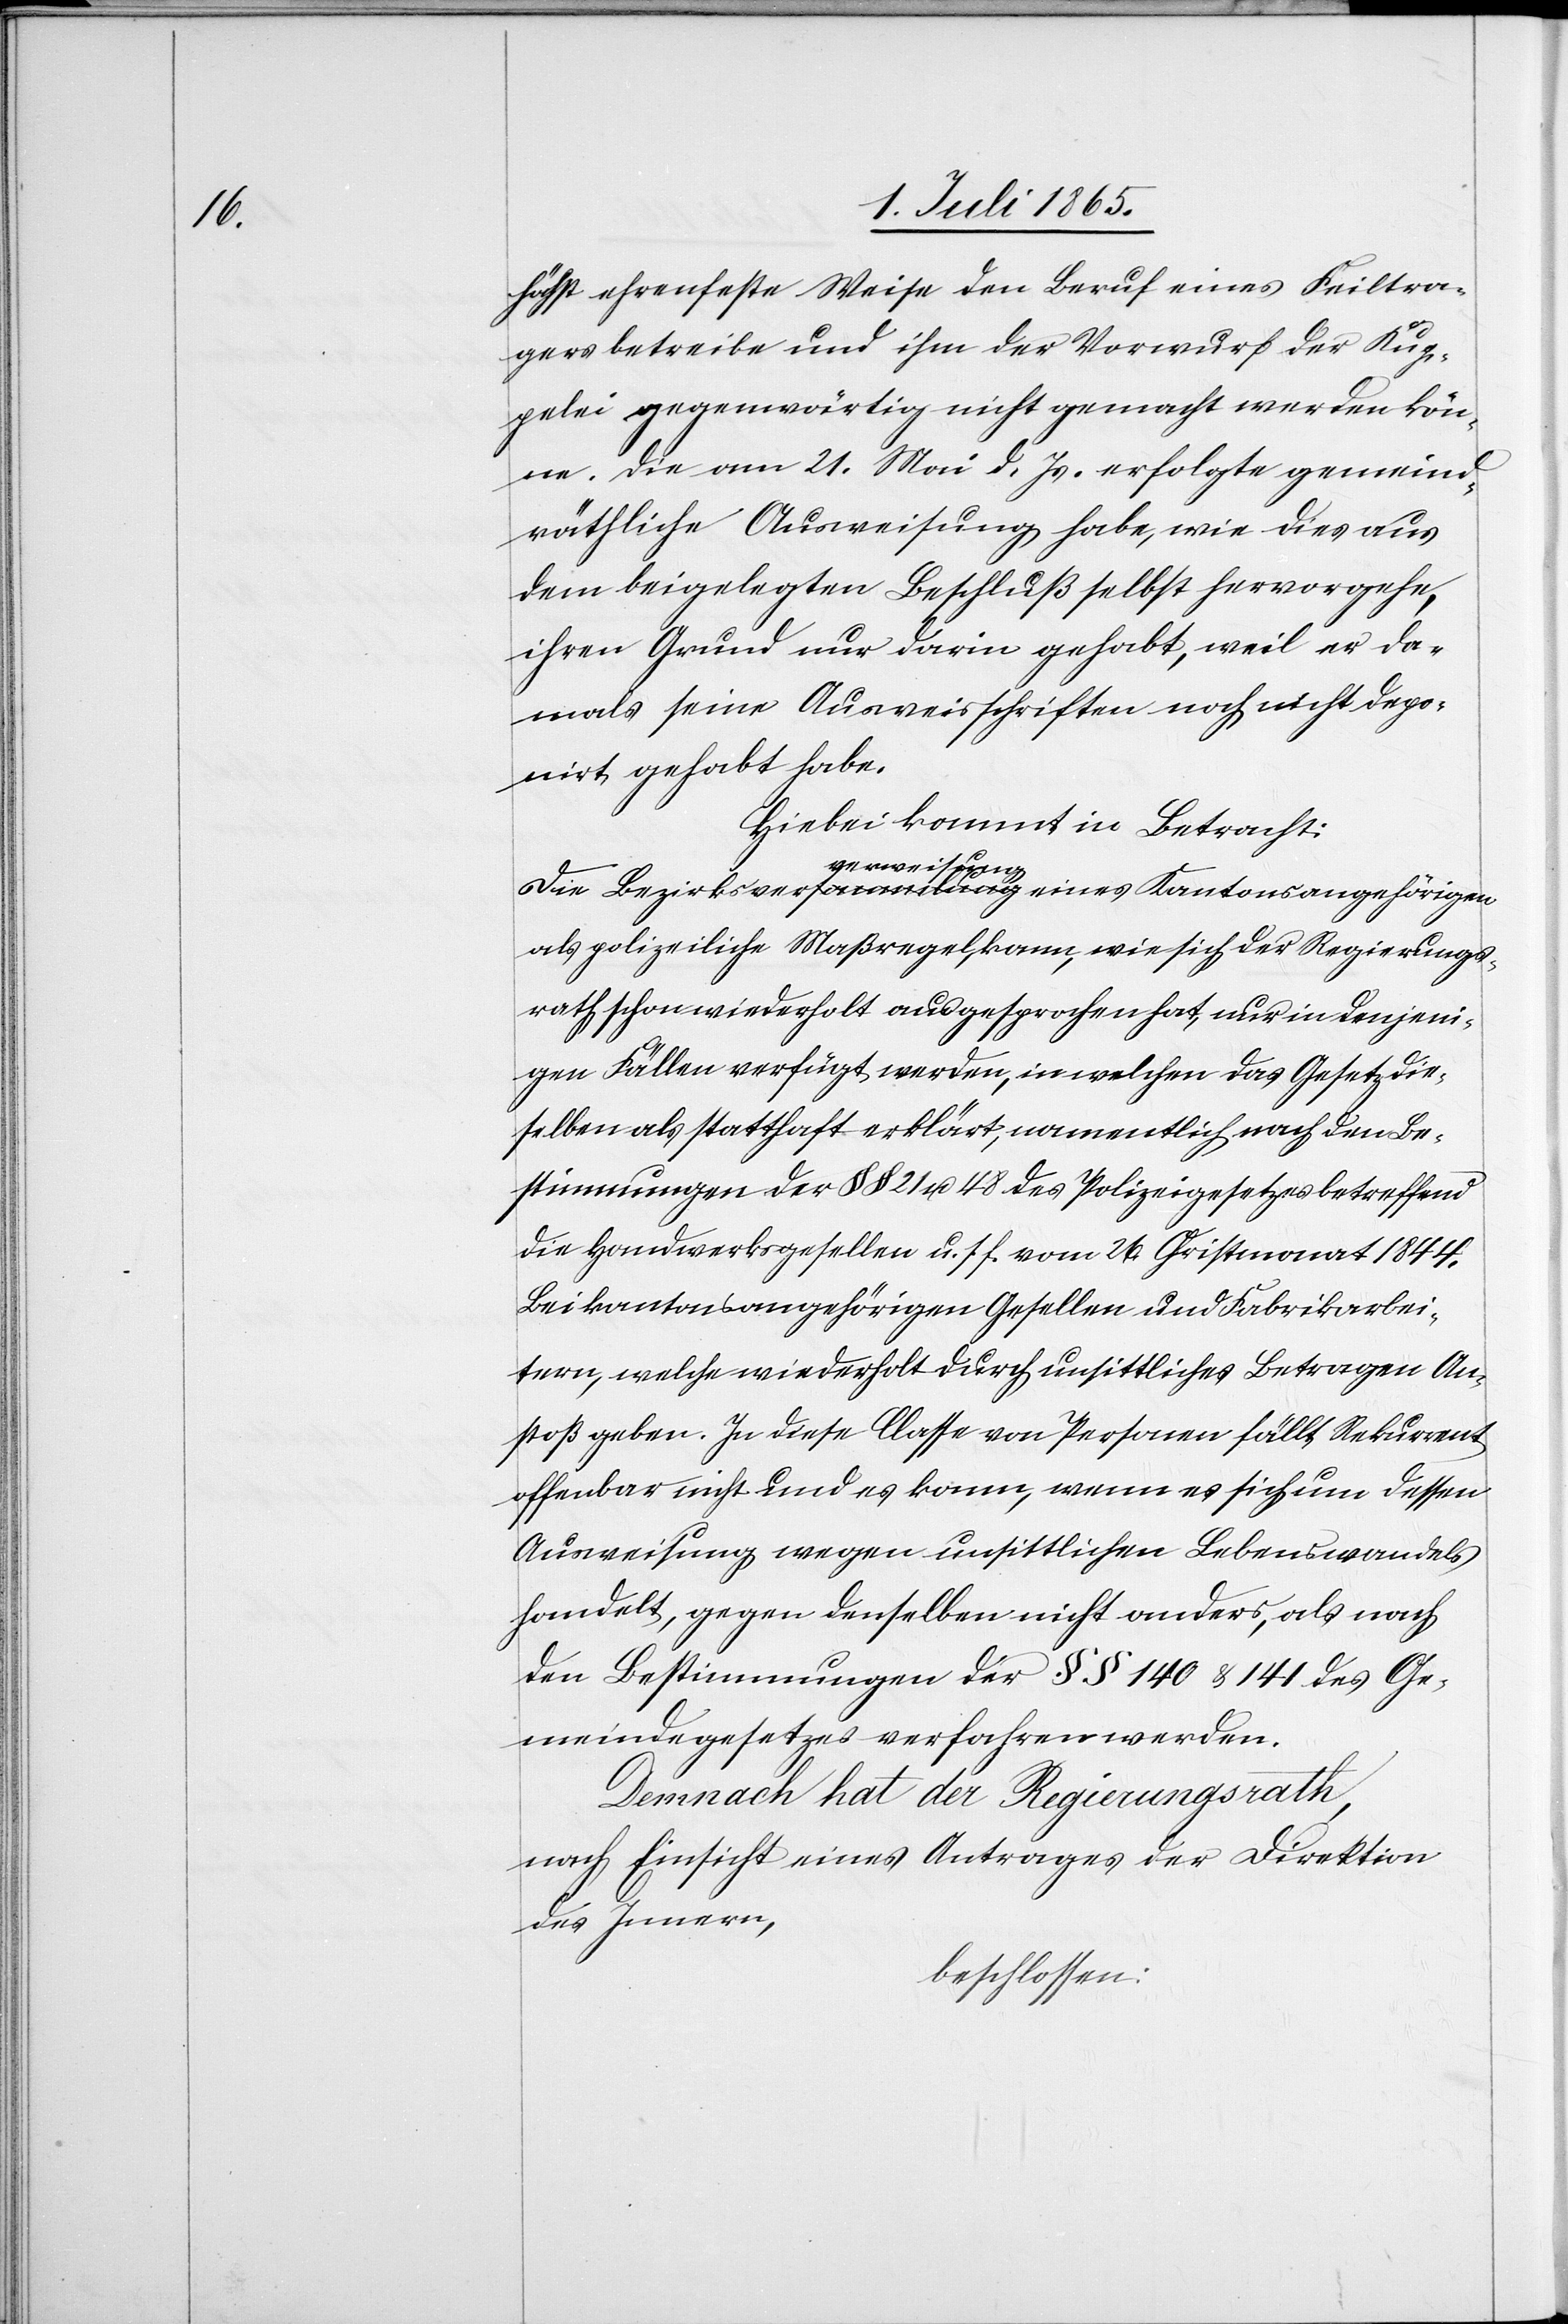
höchst ehrenfeste Weise den Beruf eines Feiltra¬
gers betreibe und ihm der Vorwurf der Kup¬
pelei gegenwärtig nicht gemacht werden kön¬
ne. Die am 21. Mai d. Js. erfolgte gemeind¬
räthliche Ausweisung habe, wie dies aus
dem beigelegten Beschluß selbst hervorgehe,
ihren Grund nur darin gehabt, weil er da¬
mals seine Ausweisschriften noch nicht depo¬
nirt gehabt habe.
Hiebei kommt in Betracht:
Die Bezirksvera-sammlung-averweisung eines Kantonsangehörigen
als polizeiliche Maßregel kann, wie sich der Regierungs¬
rath schon wiederholt ausgesprochen hat, nur in denjeni¬
gen Fällen verfügt werden, in welchen das Gesetz die¬
selben als statthaft erklärt, namentlich nach den Be¬
stimmungen der § § 21 u. 48 des Polizeigesetzes betreffend
die Handwerksgesellen u. s. f. vom 26. Christmonat 1844.
Bei kantonsangehörigen Gesellen und Fabrikarbei¬
tern, welche wiederholt durch unsittliches Betragen An¬
stoß geben. In diese Classe von Personen fällt Rekurrent
offenbar nicht und es kann, wenn es sich um dessen
Ausweisung wegen unsittlichen Lebenswandels
handelt, gegen denselben nicht anders, als nach
den Bestimmungen der § § 140 & 141 des Ge¬
meindegesetzes verfahren werden.
Demnach hat der Regierungsrath,
nach Einsicht eines Antrages der Direktion
beschlossen: